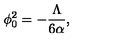
\phi _ { 0 } ^ { 2 } = - \frac { \Lambda } { 6 \alpha } ,